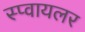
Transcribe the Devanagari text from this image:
स्प्वायलर